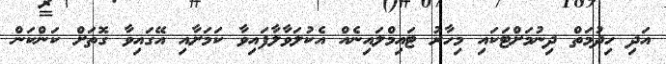
އަދި ހިދުމަތް ދިނުމަށްޓަކައި މިހާރު ޓައިމްލައިނެއް އެކުލަވާލާފައިވާ ކަމަށާއި އޭގައިވާ ގޮތަށް ކަންކަން